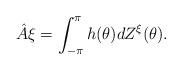
LaTeX: \begin{align*} \hat{A} \xi = \int_{-\pi}^{\pi} {h}(\theta) dZ^{\xi}(\theta). \end{align*}